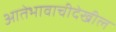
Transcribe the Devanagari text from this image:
आतेभावाचीदेखील